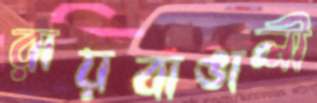
রায়বাঙালী